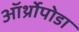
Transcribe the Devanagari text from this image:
ऑर्थ्रोपोडा